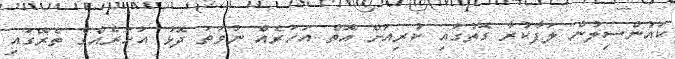
ކައުންސިލުން ލަފާކުރާ ގޮތުގައި ކުރިއަށް އޮތް އަހަރެއް ނުވަތަ ދޮޅު އަހަރެއްގެ ތެރޭގައި